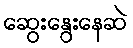
ဆွေးနွေးနေဆဲ